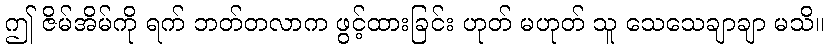
ဤ ဇိမ်အိမ်ကို ရက် ဘတ်တလာက ဖွင့်ထားခြင်း ဟုတ် မဟုတ် သူ သေသေချာချာ မသိ။